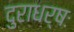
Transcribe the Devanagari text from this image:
दुराधर्षः